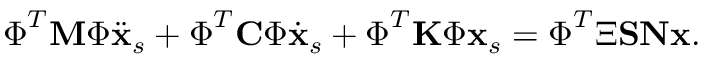
\boldsymbol { \Phi } ^ { T } \mathbf { M } \boldsymbol { \Phi } \ddot { \mathbf { x } } _ { s } + \boldsymbol { \Phi } ^ { T } \mathbf { C } \boldsymbol { \Phi } \dot { \mathbf { x } } _ { s } + \boldsymbol { \Phi } ^ { T } \mathbf { K } \boldsymbol { \Phi } \mathbf { x } _ { s } = \boldsymbol { \Phi } ^ { T } \boldsymbol { \Xi } \mathbf { S } \mathbf { N } \mathbf { x } .